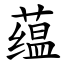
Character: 蕴